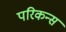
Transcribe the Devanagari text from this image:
परिकन्स